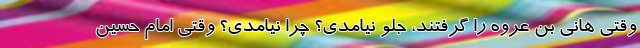
وقتی هانی بن عروه را گرفتند، جلو نیامدی؟ چرا نیامدی؟ وقتی امام حسین